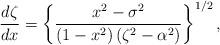
LaTeX: \begin{align*}\frac{d\zeta}{dx}=\left\{ {\frac{x^{2}-\sigma^{2}}{\left( {1-x^{2}}\right)\left( {\zeta^{2}-\alpha^{2}}\right) }}\right\} ^{1/2}, \end{align*}